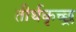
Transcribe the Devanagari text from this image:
तीर्थकृच्छ्र